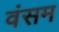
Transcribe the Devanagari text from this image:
वंसम